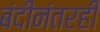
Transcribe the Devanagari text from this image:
बंदीनंतरही